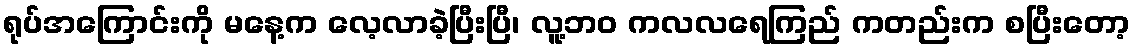
ရုပ်အကြောင်းကို မနေ့က လေ့လာခဲ့ပြီးပြီ၊ လူ့ဘဝ ကလလရေကြည် ကတည်းက စပြီးတော့